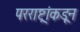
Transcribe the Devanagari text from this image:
परराष्ट्रांकडून